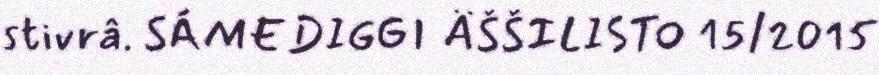
stivrâ. SÁMEDIGGI ÄŠŠILISTO 15/2015